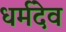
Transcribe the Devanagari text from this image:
धर्मदेव